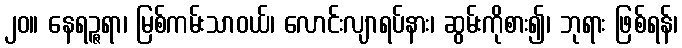
၂၀။ နေရဉ္ဇရာ၊ မြစ်ကမ်းသာဝယ်၊ လောင်းလျာရပ်နား၊ ဆွမ်းကိုစား၍၊ ဘုရား ဖြစ်ရန်၊